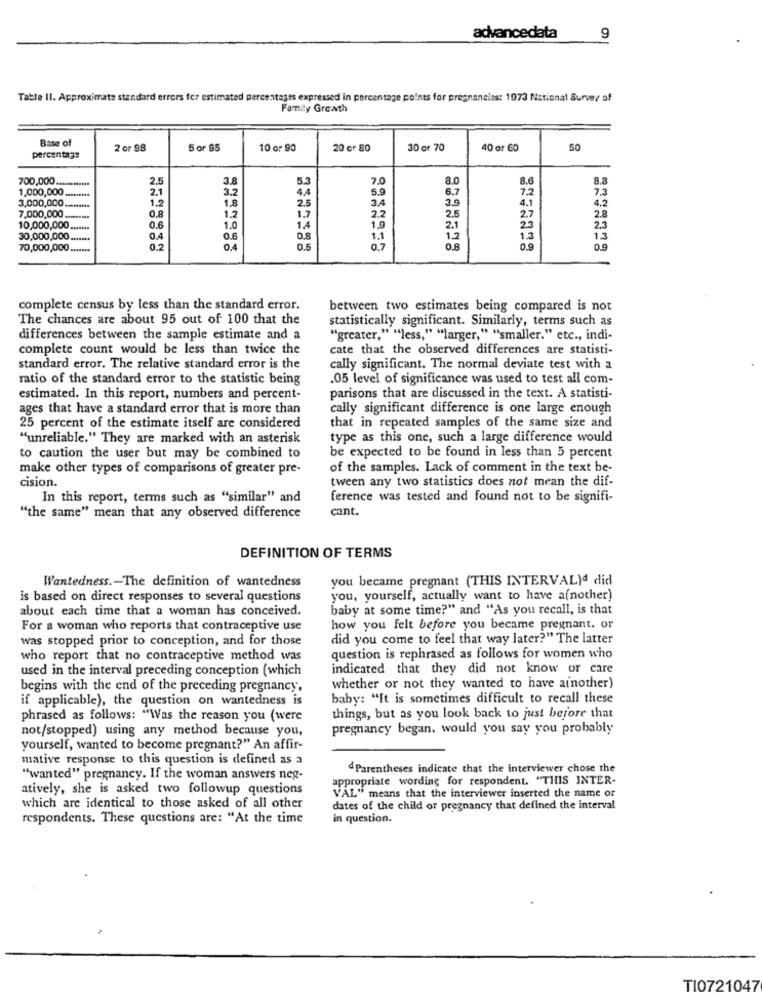
advancedata
9
Table II. Approximate standard errors fer estimated percentages expressed in percentage points for pregnancies: 1973 National Survey of
Family Growth
Base of
2 or 98
5 or 95
10 or 90
20 Gr 80
30 or 70
40 or 60
50
percentage
700,000.
2.5
3.8
5.3
7.0
8.0
8.6
8.8
1,000,000
2.1
3.2
4.4
5.9
6.7
7.2
7.3
3,000,000
1.2
1.8
2.5
3.4
35
4.1
12
1.3
2.2
2.5
4.2
7,000,000
0.8
2.7
2.8
10,000,000
0.6
1.0
14
1.9
2.1
23
2,3
30,000,000 ..
0.4
0.6
0.8
1.1
12
1.3
1.3
70,000,000 ..
0.2
0.4
0.7
OR
0.9
complete census by less than the standard error.
between two estimates being compared is not
The chances are about 95 out of 100 that the
statistically significant. Similarly, terms such as
differences between the sample estimate and a
"greater," "less," "larger," "smaller." etc ., indi-
complete count would be less than twice the
cate that the observed differences are statisti-
standard error. The relative standard error is the
cally significant. The normal deviate test with a
ratio of the standard error to the statistic being
.05 level of significance was used to test all com-
estimated. In this report, numbers and percent-
parisons that are discussed in the text. A statisti-
ages that have a standard error that is more than
cally significant difference is one large enough
25 percent of the estimate itself are considered
that in repeated samples of the same size and
"unreliable." They are marked with an asterisk
type as this one, such a large difference would
to caution the user but may be combined to
be expected to be found in less than 5 percent
make other types of comparisons of greater pre-
of the samples. Lack of comment in the text be-
cision.
tween any two statistics does not mean the dif-
In this report, terms such as "similar" and
ference was tested and found not to be signifi-
cant.
"the same" mean that any observed difference
DEFINITION OF TERMS
you became pregnant (THIS INTERVAL)d did
Wantedness .- The definition of wantedness
is based on direct responses to several questions
you, yourself, actually want to have a(nother)
about each time that a woman has conceived.
baby at some time?" and "As you recall, is that
For a woman who reports that contraceptive use
how you felt before you became pregnant. or
was stopped prior to conception, and for those
did you come to feel that way later?" The latter
who report that no contraceptive method was
question is rephrased as follows for women who
used in the interval preceding conception (which
indicated that they did not know or care
begins with the end of the preceding pregnancy,
whether or not they wanted to have a(nother)
if applicable), the question on wantedness is
baby: "It is sometimes difficult to recall these
phrased as follows: "Was the reason you (were
things, but as you look back to just before that
not/stopped) using any method because you,
pregnancy began. would you say you probably
yourself, wanted to become pregnant?" An affir-
mative response to this question is defined as a
dParentheses indicate that the interviewer chose the
"wanted" pregnancy. If the woman answers neg-
appropriate wording for respondent. "THIS INTER-
atively, she is asked two followup questions
VAL" means that the interviewer inserted the name or
which are identical to those asked of all other
dates of the child or pregnancy that defined the interval
respondents. These questions are: "At the time
in question.
TI0721047